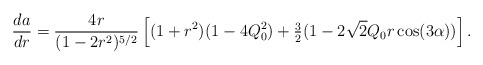
\begin{align*}\frac{da}{dr} = \frac{4r}{(1-2r^2)^{5/2}}\left[ (1+r^2)(1-4Q_0^2) + \tfrac32 (1-2\sqrt{2}Q_0r\cos(3\alpha))\right].\end{align*}